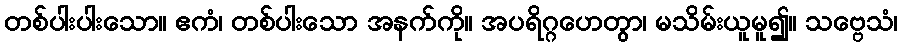
တစ်ပါးပါးသော။ ဧကံ၊ တစ်ပါးသော အနက်ကို။ အပရိဂ္ဂဟေတွာ၊ မသိမ်းယူမူ၍။ သဗ္ဗေသံ၊